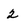
Character: 2